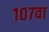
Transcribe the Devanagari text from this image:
१०७वा